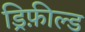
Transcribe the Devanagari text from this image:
ड्रिफ़ील्ड